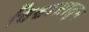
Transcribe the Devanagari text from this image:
विश्वासातून